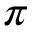
\pi